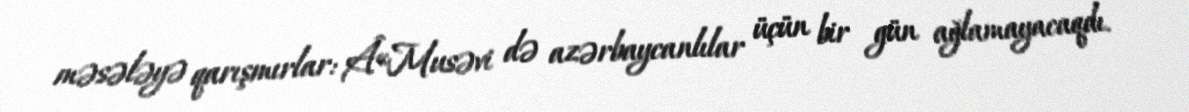
məsələyə qarışmırlar: Â«Musəvi də azərbaycanlılar üçün bir gün ağlamayacaqdı.